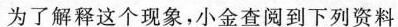
为了解释这个现象，小金查阅到下列资料：